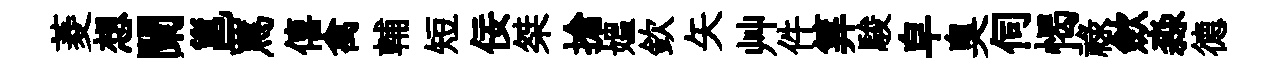
菱想闌邕罵僖禽輔短佞桀搶媪欽矢艸件筭駿皁臭伺愒禄歛淼德